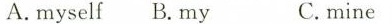
A.myself B. My C.mine